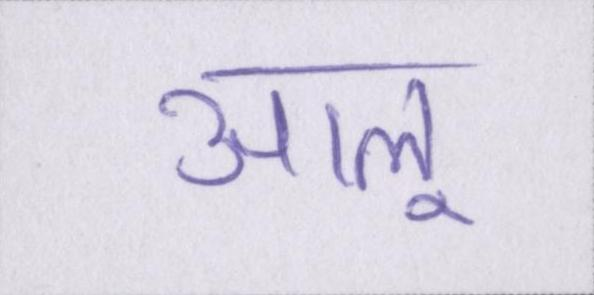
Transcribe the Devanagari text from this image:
आलू